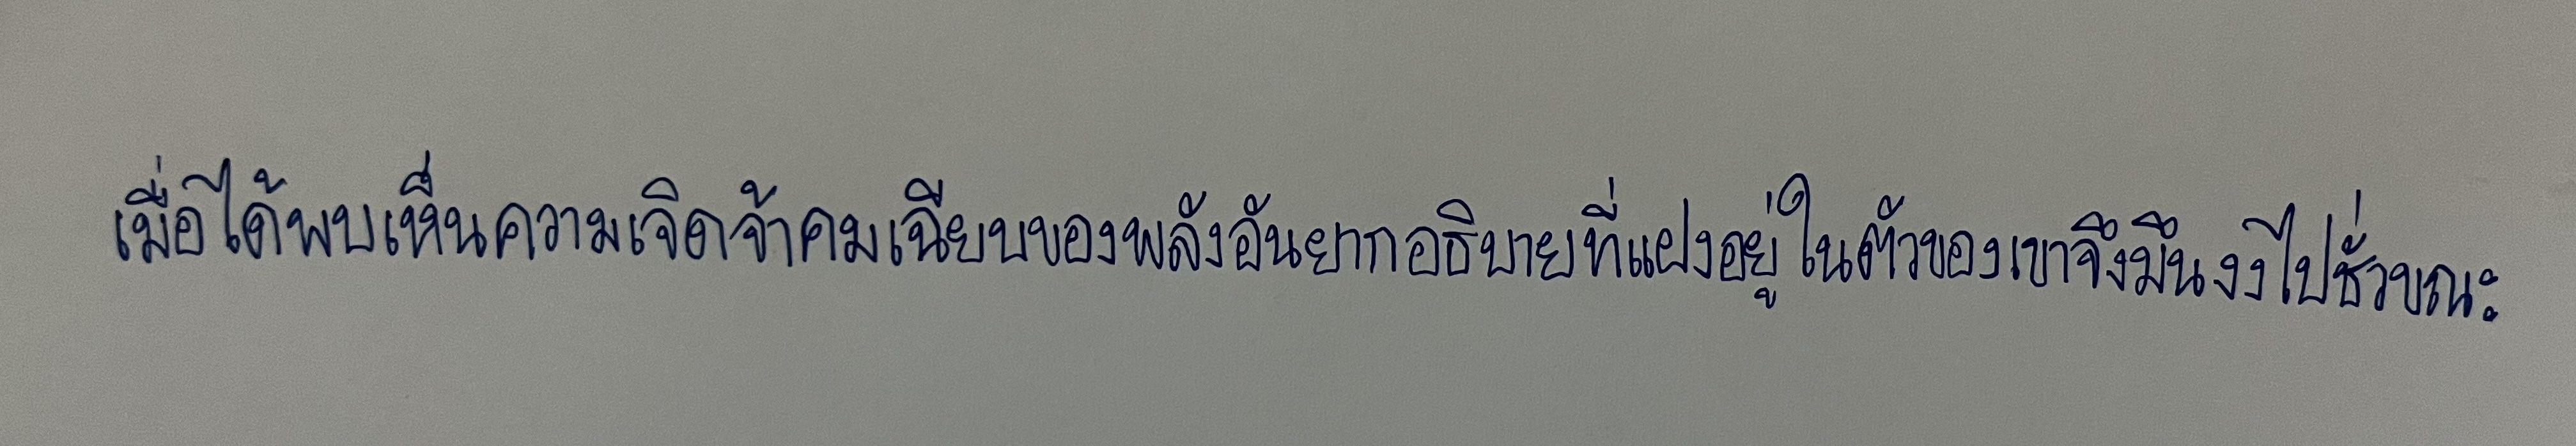
เมื่อได้พบเห็นความเจิดจ้าคมเฉียบของพลังอันยากอธิบายที่แฝงอยู่ในตัวของเขาจึงมึนงงไปชั่วขณะ